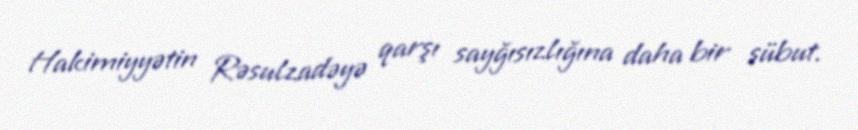
Hakimiyyətin Rəsulzadəyə qarşı sayğısızlığına daha bir sübut.